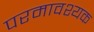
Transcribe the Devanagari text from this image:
परमावश्‍यक